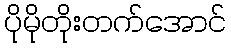
ပိုမိုတိုးတက်အောင်